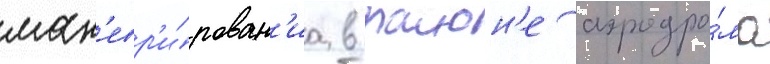
ман'евр'и́рован'иа в раион'е аэродро́ма